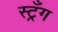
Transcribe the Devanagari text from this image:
स्ट्रँग